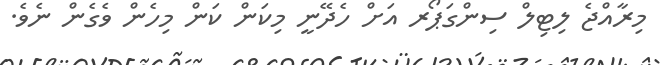
މިރާއްޖެ ލިޓިލް ސިންގަޕޯރ އަށް ހެދޭނީ މިކަން ކަން މިހެން ވެގެން ނެވެ.